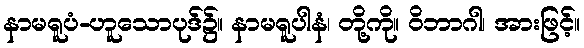
နာမရူပံ-ဟူသောပုဒ်၌။ နာမရူပါနံ၊ တို့ကို။ ဝိဘာဂါ၊ အားဖြင့်။